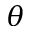
\theta